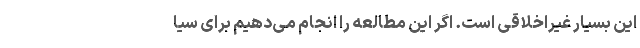
این بسیار غیراخلاقی است. اگر این مطالعه را انجام می‌دهیم برای سیا